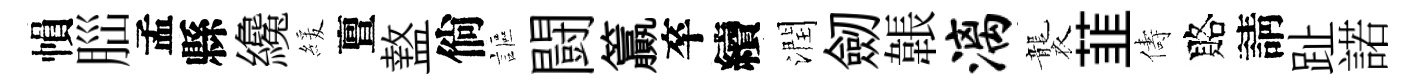
𢄙𦛁孟縣纔緩亶盩倘謳闘籯卒續潤劒韔漓襲韮儔賂請趾諾